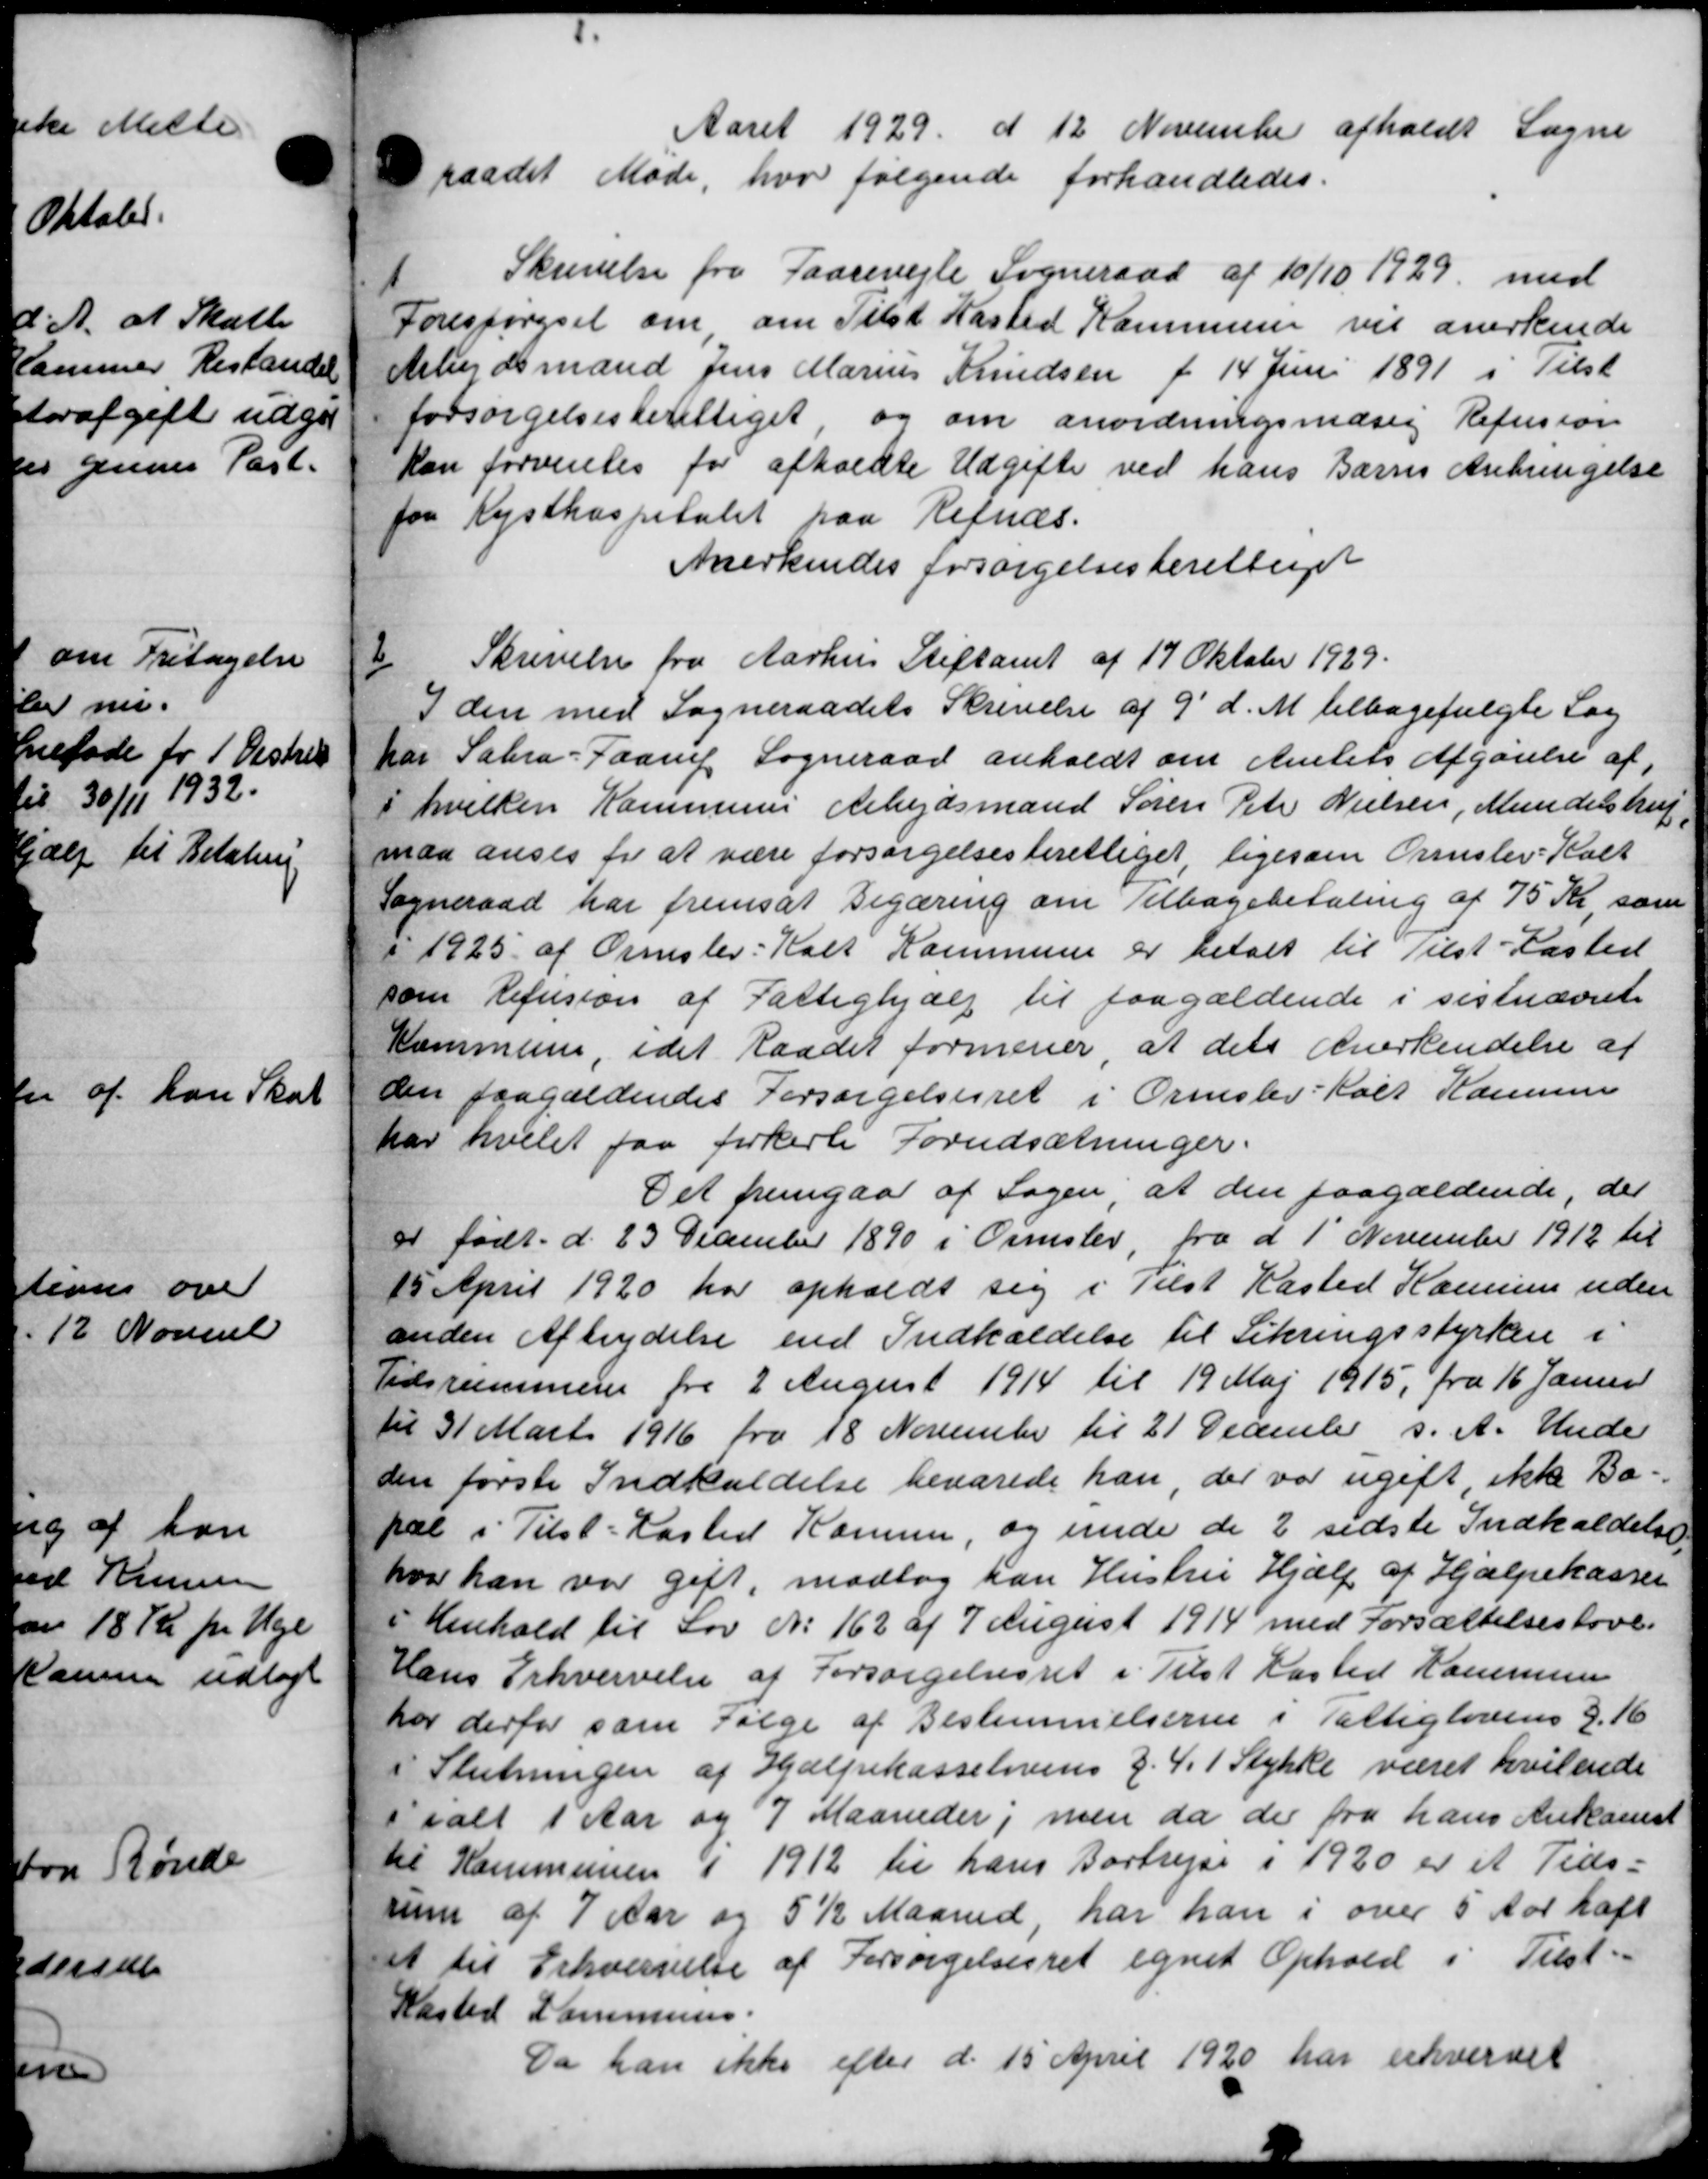
Transskription:
Aaret 1929 d 12 November afholdt Sogne
raadet Møde, hvor følgende forhandledes.

Skrivelse fra Taarevejle Sogneraad af 10/10 1929 med
Forespørgsel om om Tilst Kasted Kommune vil anerkende
Arbejdsmand Jens Marius Knudsen f 14 Juni 1891 i Tilst
forsørgelsesberettiget og om anordningsmæsig Refusion
kan forventes for afholdte Udgifte ved hans Barns Anbringelse
fra Kysthospitalet paa Refuss.
Anerkendes forsørgelsesberettiget
2
Skrivelse fra Aarhus Stiftamt af 17 Oktober 1929.
I den med Sogneraadets Skrivelse af 9´ d. M. tilbagefulgte Sag
har Sabro-Faarup Sogneraad anholdt om Amtets Afgørelse af
i hvilken Kommunes Arbejdsmand Søren Peter Nielsen, Mundustrup
maa anses for at være forsørgelsesberettiget ligesom Omslev-Kalk
Sogneraad har fremsat Begæring om Tilbagebetaling af 75 Kr, som
i 1925 af Ormslev: Kalt Kommune er betalt til Tilst-Kasted
som Refusion af Fattighjælp til paagældende i sistnævnte
Kommune, idet Raadet formener, at dets Anerkendelse af
den paagældendes Forsørgelsesret i Ormslev-Kolt Kommu
har hvilet faa forkerli Forudsætninger.
Det fremgaa af Sagen, at den paagældende, der
er født d. 23 December 1890 i Omslev fra d. 1' November 1912 til
15 April 1920 har opholdt sig i Tilst Kasted Kammes uden
anden Aftrydelse end Indkaldelse til Sikringsstyrken i
Tidsrummen fra 2 August 1914 til 19 Maj 1915, fra 16 Januar
til 31 Marts 1916 fra 18 November til 21 December s. A. Under
den første Indkaldelse bevarede han, der var ugift, ikke Ba-
pal i Tilst-Kasted Kommen, og unde de 2 sidste Indkaldelse
hvor han var gift, modtog han Hustru Hjælp af Hjælpekassen
i Henhold til Lov No 162 af 7 August 1914 med Forsættelseslove.
Hans Erhvervelse af Forsørgelsesret i Tilst Kasted Kommunen
hor derfor som Følge af Bestemmelserne i Fattiglovens § 16
i Slutningen af Hjælpekasselovens § 4. 1 Stykke været hvilende
ialt 1 Aar og 7 Maaneder, men da der fra hans Ankomst
til Kommunen i 1912 til hans Bortrejse i 1920 er et Tids-
um af 7 Aar og 5 ½ Maaned, har han i over 5 Aar haft
et til Erhvervelse af Forsørgelsesret egnet Ophold i Tilst
Kasted Kommune.
Da han ikke efter d. 15 April 1920 har erhvervet